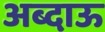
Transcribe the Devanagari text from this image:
अब्दाऊ